Indian journal of veterinary science and animal husbandry - Volume 10,
Year: 1940
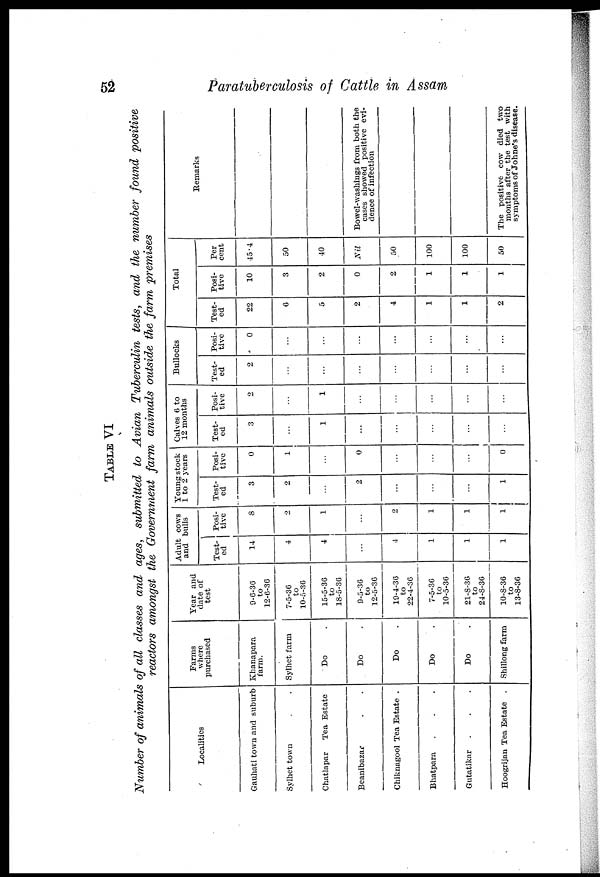
52
Paratuberculosis of Cattle in Assam
TABLE VI
Number of animals of all classes and ages, submitted to Avian Tuberculin tests, and the number found positive
reactors amongst the Government farm animals outside the farm premises
Localities
Gauhati town and suburb
Sylhet town . .
Chatlapar
Tea Estate
Beanibazar . .
Chiknagool Tea Estate .
Bhatpara . . .
Gutatikar . . .
Hoogrijan Tea Estate .
Farms
where
purchased
Khanapara
farm.
Sylhet farm
Do .
Do .
Do .
Do .
Do .
Shillong farm
Year and
date of
test
9-6-36
to
12-6-36
7-5-36
to
10-5-36
15-5-36
to
18-5-36
9-5-36
to
12-5-36
19-4-36
to
22-4-36
7-5-36
to
10-5-36
21-8-36
to
24-8-36
10-8-36
to
13-8-36
Adult cows
and bulls
Test-
ed
14
4
4
...
4
1
1
1
Posi-
tive
8
2
1
...
2
1
1
1
Young stock
1 to 2 years
Test-
ed
3
2
...
2
...
...
...
1
Posi-
tive
0
1
...
0
...
...
...
0
Calves 6 to
12 months
Test-
ed
3
...
1
...
...
...
...
...
Posi-
tive
2
...
1
...
...
...
...
...
Bullocks
Test-
ed
2
...
...
...
...
...
...
...
Posi-
tive
0
...
...
...
...
...
...
...
Test-
ed
22
6
5
2
4
1
1
2
Total
Posi-
tive
10
3
2
0
2
1
1
1
Per
cent
45.4
50
40
Nil
50
100
100
50
Remarks
Bowel-washings from both the
cases showed positive evi-
dence of infection
The positive cow died two
months after the test with
symptoms of Johne's disease.